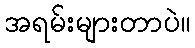
အရမ်းများတာပဲ။